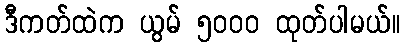
ဒီကတ်ထဲက ယွမ် ၅၀၀၀ ထုတ်ပါမယ်။